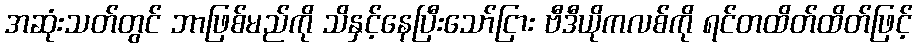
အဆုံးသတ်တွင် ဘာဖြစ်မည်ကို သိနှင့်နေပြီးသော်ငြား ဗီဒီယိုကလစ်ကို ရင်တထိတ်ထိတ်ဖြင့်